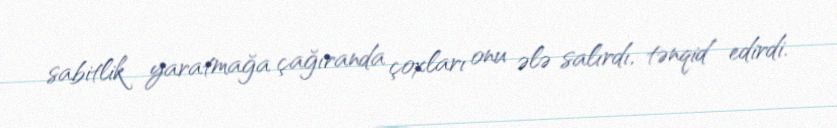
sabitlik yaratmağa çağıranda çoxları onu ələ salırdı, tənqid edirdi.